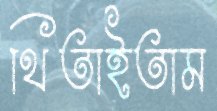
থিতাইতাম